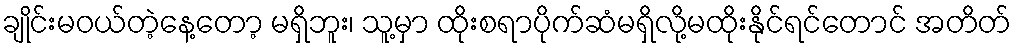
ချိုင်းမဝယ်တဲ့နေ့တော့ မရှိဘူး၊ သူ့မှာ ထိုးစရာပိုက်ဆံမရှိလို့မထိုးနိုင်ရင်တောင် အတိတ်